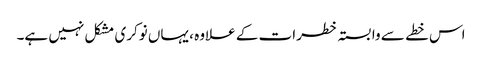
اس خطے سے وابستہ خطرات کے علاوہ ، یہاں نوکری مشکل نہیں ہے۔